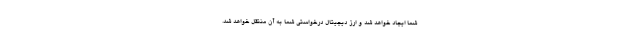
شما ایجاد خواهد شد و ارز دیجیتال درخواستی شما به آن منتقل خواهد شد.